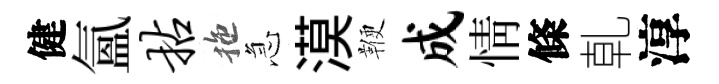
健氳拈拖急漠鞭成情條乹淳